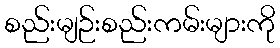
စည်းမျဉ်းစည်းကမ်းများကို